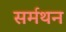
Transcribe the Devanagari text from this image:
सर्मथन